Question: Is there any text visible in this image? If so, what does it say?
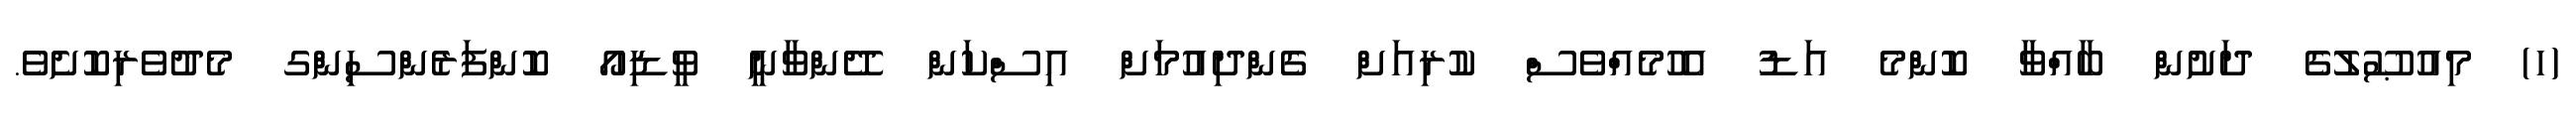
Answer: (ހ) މިއުޞޫލުގެ ދަށުން ބާއްވާ ކޮންމެ އަޑު އެހުމެއްވެސް ކުރިއަށް ގެންދިއުމަށް އިސްކަން ދޭންވާނީ ވީޑިއޯ ކޮންފަރެންސިންގ މެދުވެރިކޮށެވެ.